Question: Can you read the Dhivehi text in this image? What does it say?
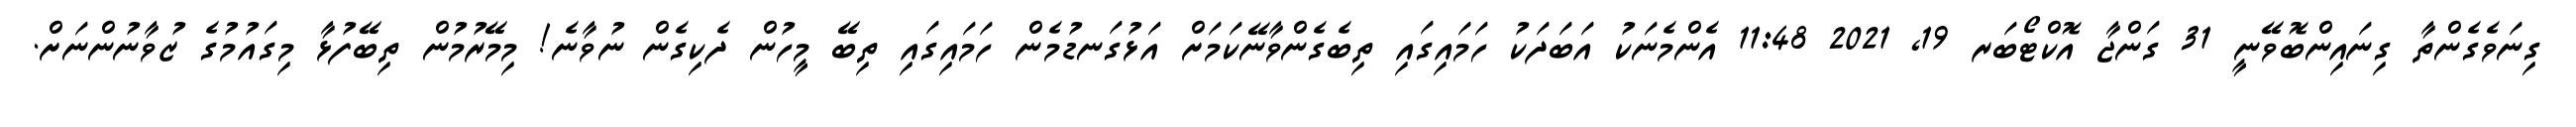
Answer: ގިނަވެގެންތާ ގިނައިންބޮވޭނީ 31 ގަންޖާ އޮކްޓޯބަރ 19, 2021 11:48 އެންމެނަކު އަބަދަކު ހަމައިގައި ތިބެގެންވާނޭކަމަށް އަޅުގަނޑުމެން ހަމައިގައި ތިބޭ މީހުން ދެކިގެން ނުވާނެ! މިމޭރުމުން ތިބޭފުޅާ މިގައުމުގެ ޒުވާނުންނަށް.